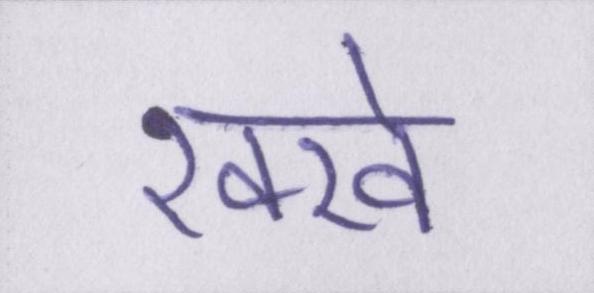
रक्खे